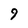
Character: 9